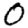
Digit: 0